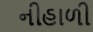
નીહાળી